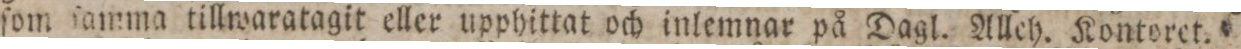
ſom ſamma tillwaratagit eller upphittat och inlemnar på Dagl. Alleh. Kontoret.